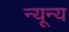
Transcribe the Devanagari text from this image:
न्यून्य